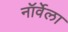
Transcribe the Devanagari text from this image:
नॉर्वेला